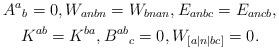
LaTeX: \begin{gather*}A^a{}_b{}=0, W_{anbn}{}=W_{bnan},E_{anbc}{}=E_{ancb},\\ K^{ab}=K^{ba},B^{ab}{}_c=0, W_{[a|n|bc]} =0.\end{gather*}